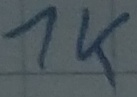
Text: 1K